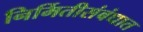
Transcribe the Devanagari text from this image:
निर्मितीसंबंधात